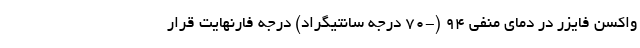
واکسن‌ فایزر در دمای منفی ۹۴ (-۷۰ درجه سانتیگراد) درجه فارنهایت قرار